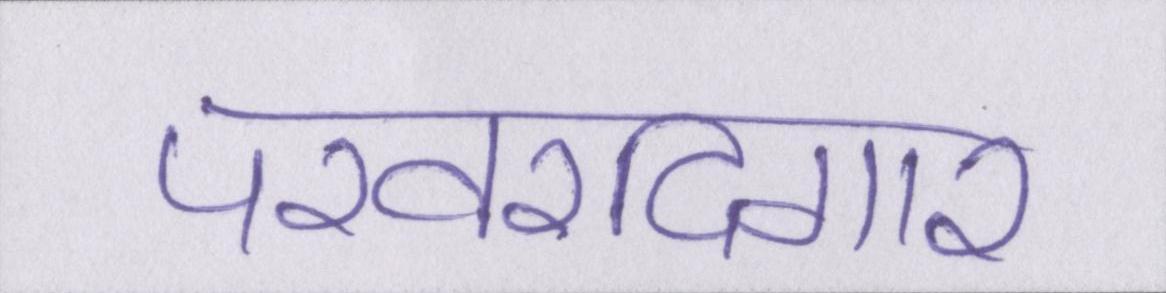
परवरदिगार